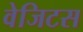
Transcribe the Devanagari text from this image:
वेजिटस